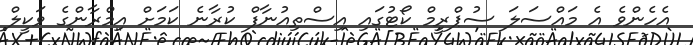
އެހެންވެ އެ މައްސަލަ ސުޕްރީމް ކޯޓުގައި އިސްތިއުނާފް ކުރާނެ ކަމަށް އިމްރާންގެ ވަކީލް